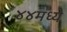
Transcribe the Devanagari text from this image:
४४मध्ये